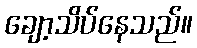
ချော့သိပ်နေသည်။